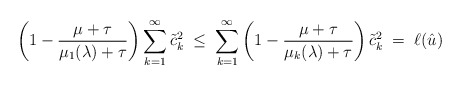
\begin{align*}\left( 1 - \frac{\mu+\tau}{\mu_1(\lambda) + \tau}\right) \sum_{k=1}^\infty \tilde{c}_k^2 \; \leq \; \sum_{k=1}^\infty \left( 1 - \frac{\mu+\tau}{ \mu_k(\lambda)+ \tau} \right) \tilde{c}_k^2 \; =\; \ell(\hat{u})\end{align*}